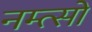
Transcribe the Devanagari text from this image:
नम्त्सो